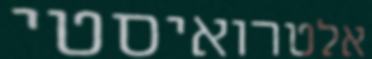
אלטרואיסטי